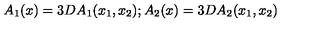
A _ { 1 } ( x ) = 3 D A _ { 1 } ( x _ { 1 } , x _ { 2 } ) ; A _ { 2 } ( x ) = 3 D A _ { 2 } ( x _ { 1 } , x _ { 2 } )